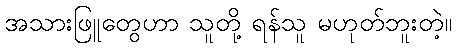
အသားဖြူတွေဟာ သူတို့ ရန်သူ မဟုတ်ဘူးတဲ့။